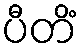
ပီတိံ